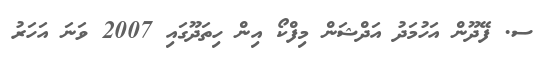
ސ. ފޭދޫން އަހުމަދު އަދްޝަން މިފްކޯ އިން ހިތަދޫގައި 2007 ވަނަ އަހަރު